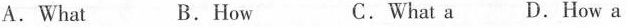
A.What B.How C.What a D.How a